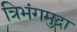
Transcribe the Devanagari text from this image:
त्रिभंगमुद्रा